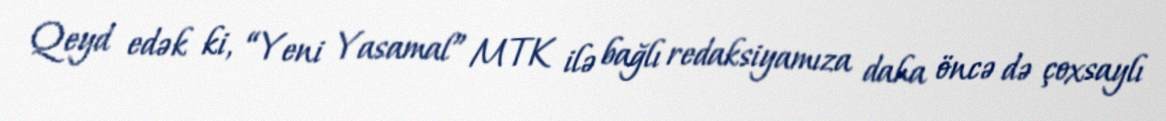
Qeyd edək ki, “Yeni Yasamal” MTK ilə bağlı redaksiyamıza daha öncə də çoxsaylı